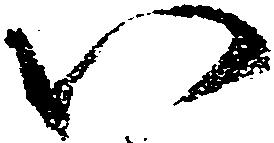
い